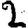
Digit: 2